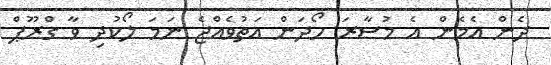
ދެން އެމެން އެ މުސާރަ ހޯދަން އަތުވެއްޖެ ނަމަ ލޯކުދި ވާ ގްރޫޕް